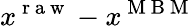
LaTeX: x^{\mathrm{~r~a~w~}}-x^{\mathrm{~M~B~M~}}